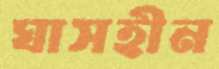
ঘাসহীন